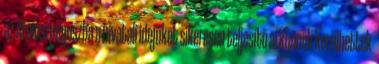
az Areioszpagoszba a hivatali idejüket sikeresen teljesítő arkhónok kerülhettek